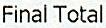
FINAL TOTAL